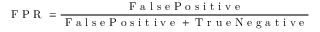
\textrm { F P R } = \frac { \textrm { F a l s e P o s i t i v e } } { \textrm { F a l s e P o s i t i v e } + \textrm { T r u e N e g a t i v e } }